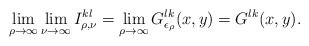
\begin{align*}\lim_{\rho\to \infty}\lim_{\nu\to \infty}I^{kl}_{\rho,\nu}=\lim_{\rho\to \infty}G^{lk}_{\epsilon_\rho}(x,y)=G^{lk}(x,y).\end{align*}